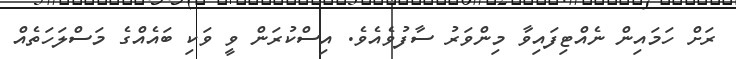
ރަށް ހަމައިން ނެއްޓިފައިވާ މިންވަރު ސާފުވެއެވެ. އިސްކުރަން ވީ ވަކި ބައެއްގެ މަސްލަހަތެއް